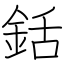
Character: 銛